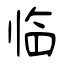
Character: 临